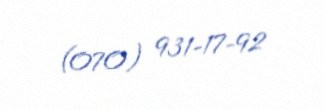
(070) 931-17-92